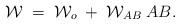
LaTeX: \begin{align*}{\cal W}\;=\;{\cal W}_{o}\; +\; {\cal W}_{AB}\;A B.\end{align*}